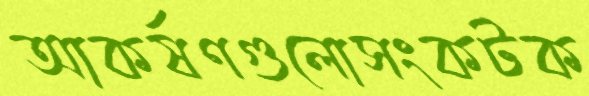
আকর্ষণগুলোসংকটক